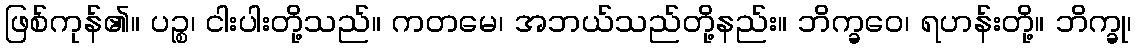
ဖြစ်ကုန်၏။ ပဉ္စ၊ ငါးပါးတို့သည်။ ကတမေ၊ အဘယ်သည်တို့နည်း။ ဘိက္ခဝေ၊ ရဟန်းတို့။ ဘိက္ခု၊